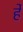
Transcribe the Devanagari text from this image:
र्हे